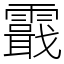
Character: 霵